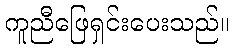
ကူညီဖြေရှင်းပေးသည်။